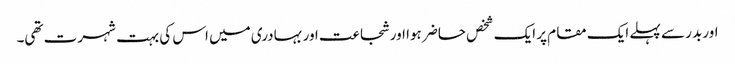
اور بدر سے پہلے ایک مقام پر ایک شخص حاضر ہوا اور شجاعت اور بہادری میں اس کی بہت شہرت تھی۔